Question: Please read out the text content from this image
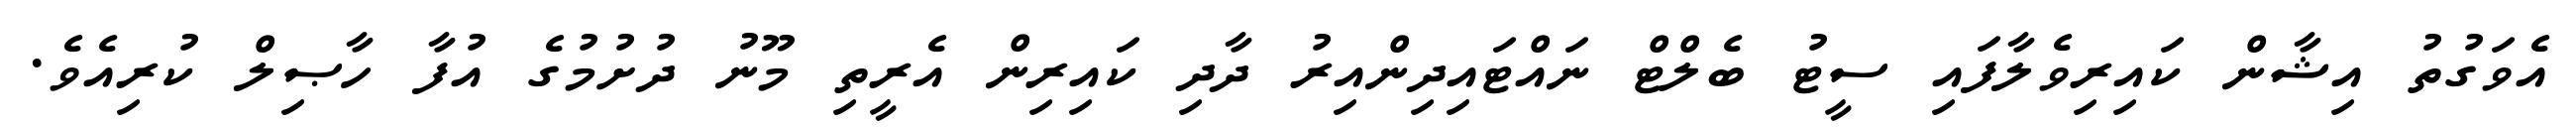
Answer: އެވަގުތު އިޝާން ކައިރިވެލާފައި ސީޓު ބެލްޓް ނައްޓައިދިންއިރު ދާދި ކައިރިން އެރީތި މޫނު ދުށުމުގެ އުފާ ހާޞިލް ކުރިއެވެ.